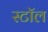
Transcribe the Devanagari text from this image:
स्टाॅल